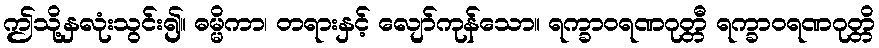
ဤသို့နှလုံးသွင်း၍။ ဓမ္မိကာ၊ တရားနှင့် လျော်ကုန်သော။ ရက္ခာဝရဏဂုတ္တီ ရက္ခာဝရဏဂုတ္တိ